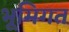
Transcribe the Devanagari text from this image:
भूमिगत